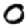
Digit: 0